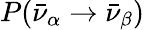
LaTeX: P(\bar{\nu}_{\alpha}\rightarrow\bar{\nu}_{\beta})